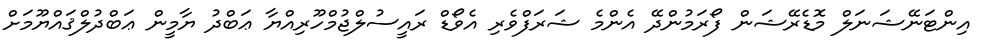
އިންޓަނޭޝަނަލް މޮޑެރޭޝަން ފޯރަމުންދޭ އެންމެ ޝަރަފްވެރި އެވޯޑް ރައީސުލްޖުމްހޫރިއްޔާ ޢަބްދު ޔާމީން ޢަބްދުލްޤައްޔޫމަށް